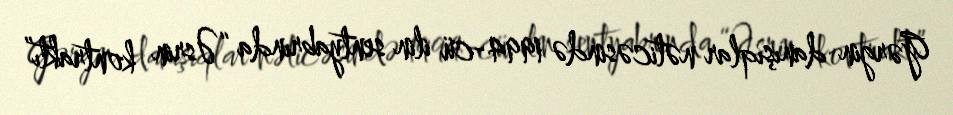
Gərgin danışıqlar nəticəsində 1994-cü ilin sentyabrında “Əsrin kontraktı”